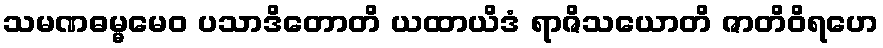
သမဏဓမ္မမေဝ ပသာဒိတောတိ ယထာယိဒံ ရာဇိသယောတိ ဇာတိဝိရဟေ